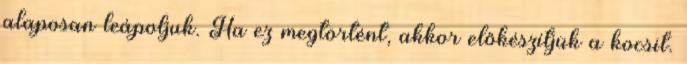
alaposan leápoljuk. Ha ez megtörtént, akkor előkészítjük a kocsit.